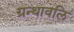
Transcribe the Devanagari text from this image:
ग्रन्थावलि